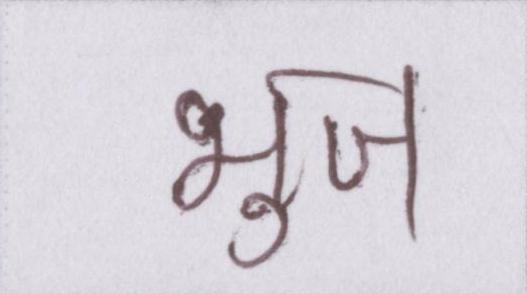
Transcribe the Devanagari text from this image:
भुज